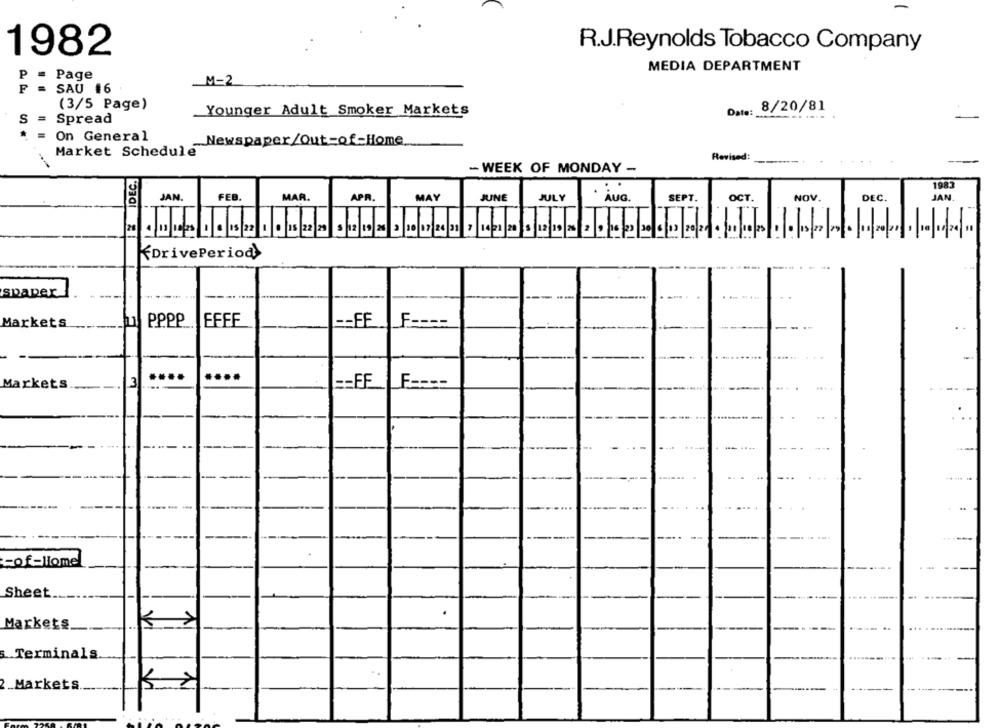
R.J.Reynolds Tobacco Company
1982
MEDIA DEPARTMENT
Page
M-2
SAU #6
(3/5 Page)
Date: 8/20/81
Younger Adult Smoker Markets
S
=
Spread
On General
Market Schedule Newspaper/Out-of-Home
Revised:
SIDEC.
- WEEK OF MONDAY -
1983
JAN.
FEB.
MAR.
APR.
MAY
JUNE
JULY
SEPT.
OCT.
NOV
DEC.
JAN
AUG.
DrivePeriod
spaper
------
LL
Markets
PPPP
FFFF
-- FF
....
Markets
3
-- FF
LF ----
=of-liome
Sheet ..
Markets.
s.Terminals
2_Markets
>